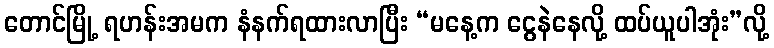
တောင်မြို့ ရဟန်းအမက နံနက်ရထားလာပြီး “မနေ့က ငွေနဲနေလို့ ထပ်ယူပါအုံး”လို့